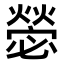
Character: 𭶋